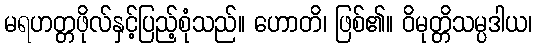
မရဟတ္တဖိုလ်နှင့်ပြည့်စုံသည်။ ဟောတိ၊ ဖြစ်၏။ ဝိမုတ္တိသမ္ပဒါယ၊